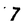
Character: 7